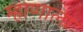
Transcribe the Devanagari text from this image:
म्हाणाला